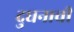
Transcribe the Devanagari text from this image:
दुधनाची